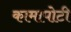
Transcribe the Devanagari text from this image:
कामापोटी